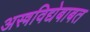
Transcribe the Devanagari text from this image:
अस्त्रविद्येबाबत